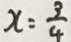
x = \frac { 3 } { 4 }